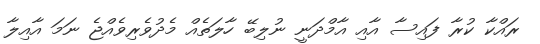
ރައްކާ ކުރާ ފައިސާ އާއި އާމްދަނީ ނުލިބޭ ހާލަތެއް މެދުވެރިވެއްޖެ ނަމަ އާއިލާ